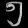
Digit: ၅